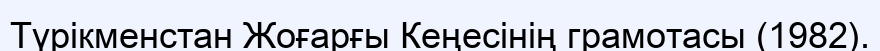
Түрікменстан Жоғарғы Кеңесінің грамотасы (1982).